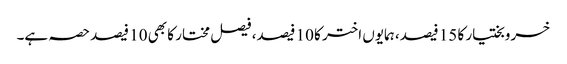
خسروبختیار کا 15 فیصد، ہمایوں اختر کا 10 فیصد، فیصل مختار کا بھی 10 فیصد حصہ ہے۔